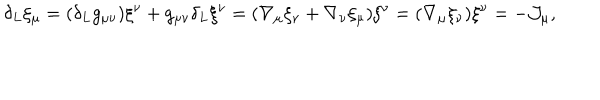
\delta _ { L } \xi _ { \mu } = ( \delta _ { L } g _ { \mu \nu } ) \xi ^ { \nu } + g _ { \mu \nu } \delta _ { L } \xi ^ { \nu } = ( \nabla _ { \mu } \xi _ { \nu } + \nabla _ { \nu } \xi _ { \mu } ) \xi ^ { \nu } = ( \nabla _ { \mu } \xi _ { \nu } ) \xi ^ { \nu } = - { \cal J } _ { \mu } ,